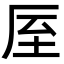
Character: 厔